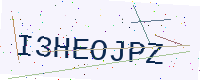
Text: I3HEOJPZ